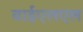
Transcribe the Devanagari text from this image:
वाईएलएल